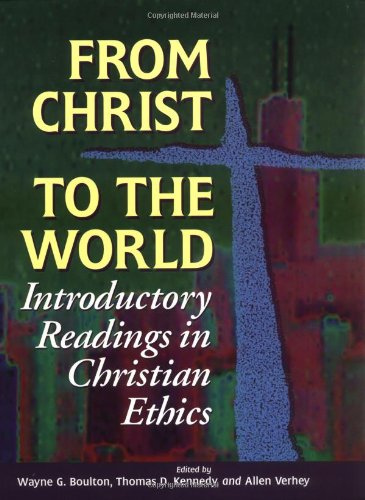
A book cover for From Christ to the World: Introductory Readings in Christian Ethics; Christian Books & Bibles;